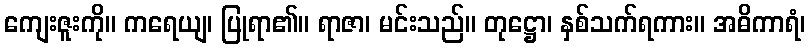
ကျေးဇူးကို။ ကရေယျ၊ ပြုရာ၏။ ရာဇာ၊ မင်းသည်။ တုဋ္ဌော၊ နှစ်သက်ရကား။ အဓိကာရံ၊